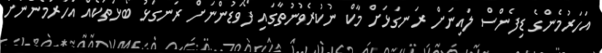
އަހަރުމެންގެ ޑިފެންސް ލައިނަށް ރަނގަޅަށް މާކް ނުކުރެވުނުތާގައި ފޯވަޑުންނަށް ރަނގަޅު ބޯޅަތަކެއް އަހަރުމެންނަށް